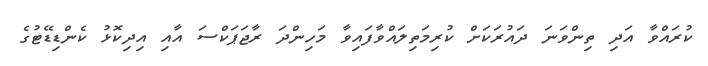
ކުރައްވާ އަދި ތިންވަނަ ދައުރަކަށް ކުރިމަތިލައްވާފައިވާ މަހިންދަ ރާޖަޕަކްސަ އާއި އިދިކޮޅު ކެންޑިޑޭޓުގެ